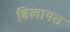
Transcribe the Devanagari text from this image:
बिलायत